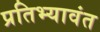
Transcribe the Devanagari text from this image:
प्रतिभ्यावंत